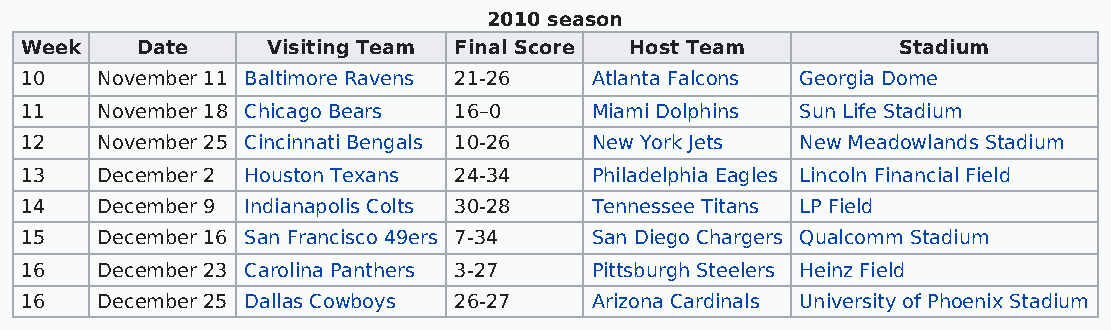
2010 season
 Week    Date     Visiting Team Final Score Host Team       Stadium
 10   November 11 Baltimore Ravens 21-26 Atlanta Falcons Georgia Dome
 11   November 18 Chicago Bears 16–0   Miami Dolphins Sun Life Stadium
 12   November 25 Cincinnati Bengals 10-26 New York Jets New Meadowlands Stadium
 13   December 2 Houston Texans 24-34  Philadelphia Eagles Lincoln Financial Field
 14   December 9 Indianapolis Colts 30-28 Tennessee Titans LP Field
 15   December 16 San Francisco 49ers 7-34 San Diego Chargers Qualcomm Stadium
 16   December 23 Carolina Panthers 3-27 Pittsburgh Steelers Heinz Field
 16   December 25 Dallas Cowboys 26-27 Arizona Cardinals University of Phoenix Stadium